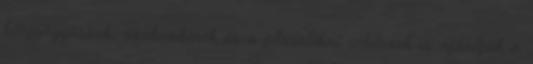
bőrgyógyászok, szakemberek és a plasztikai sebészek is ajánlják a